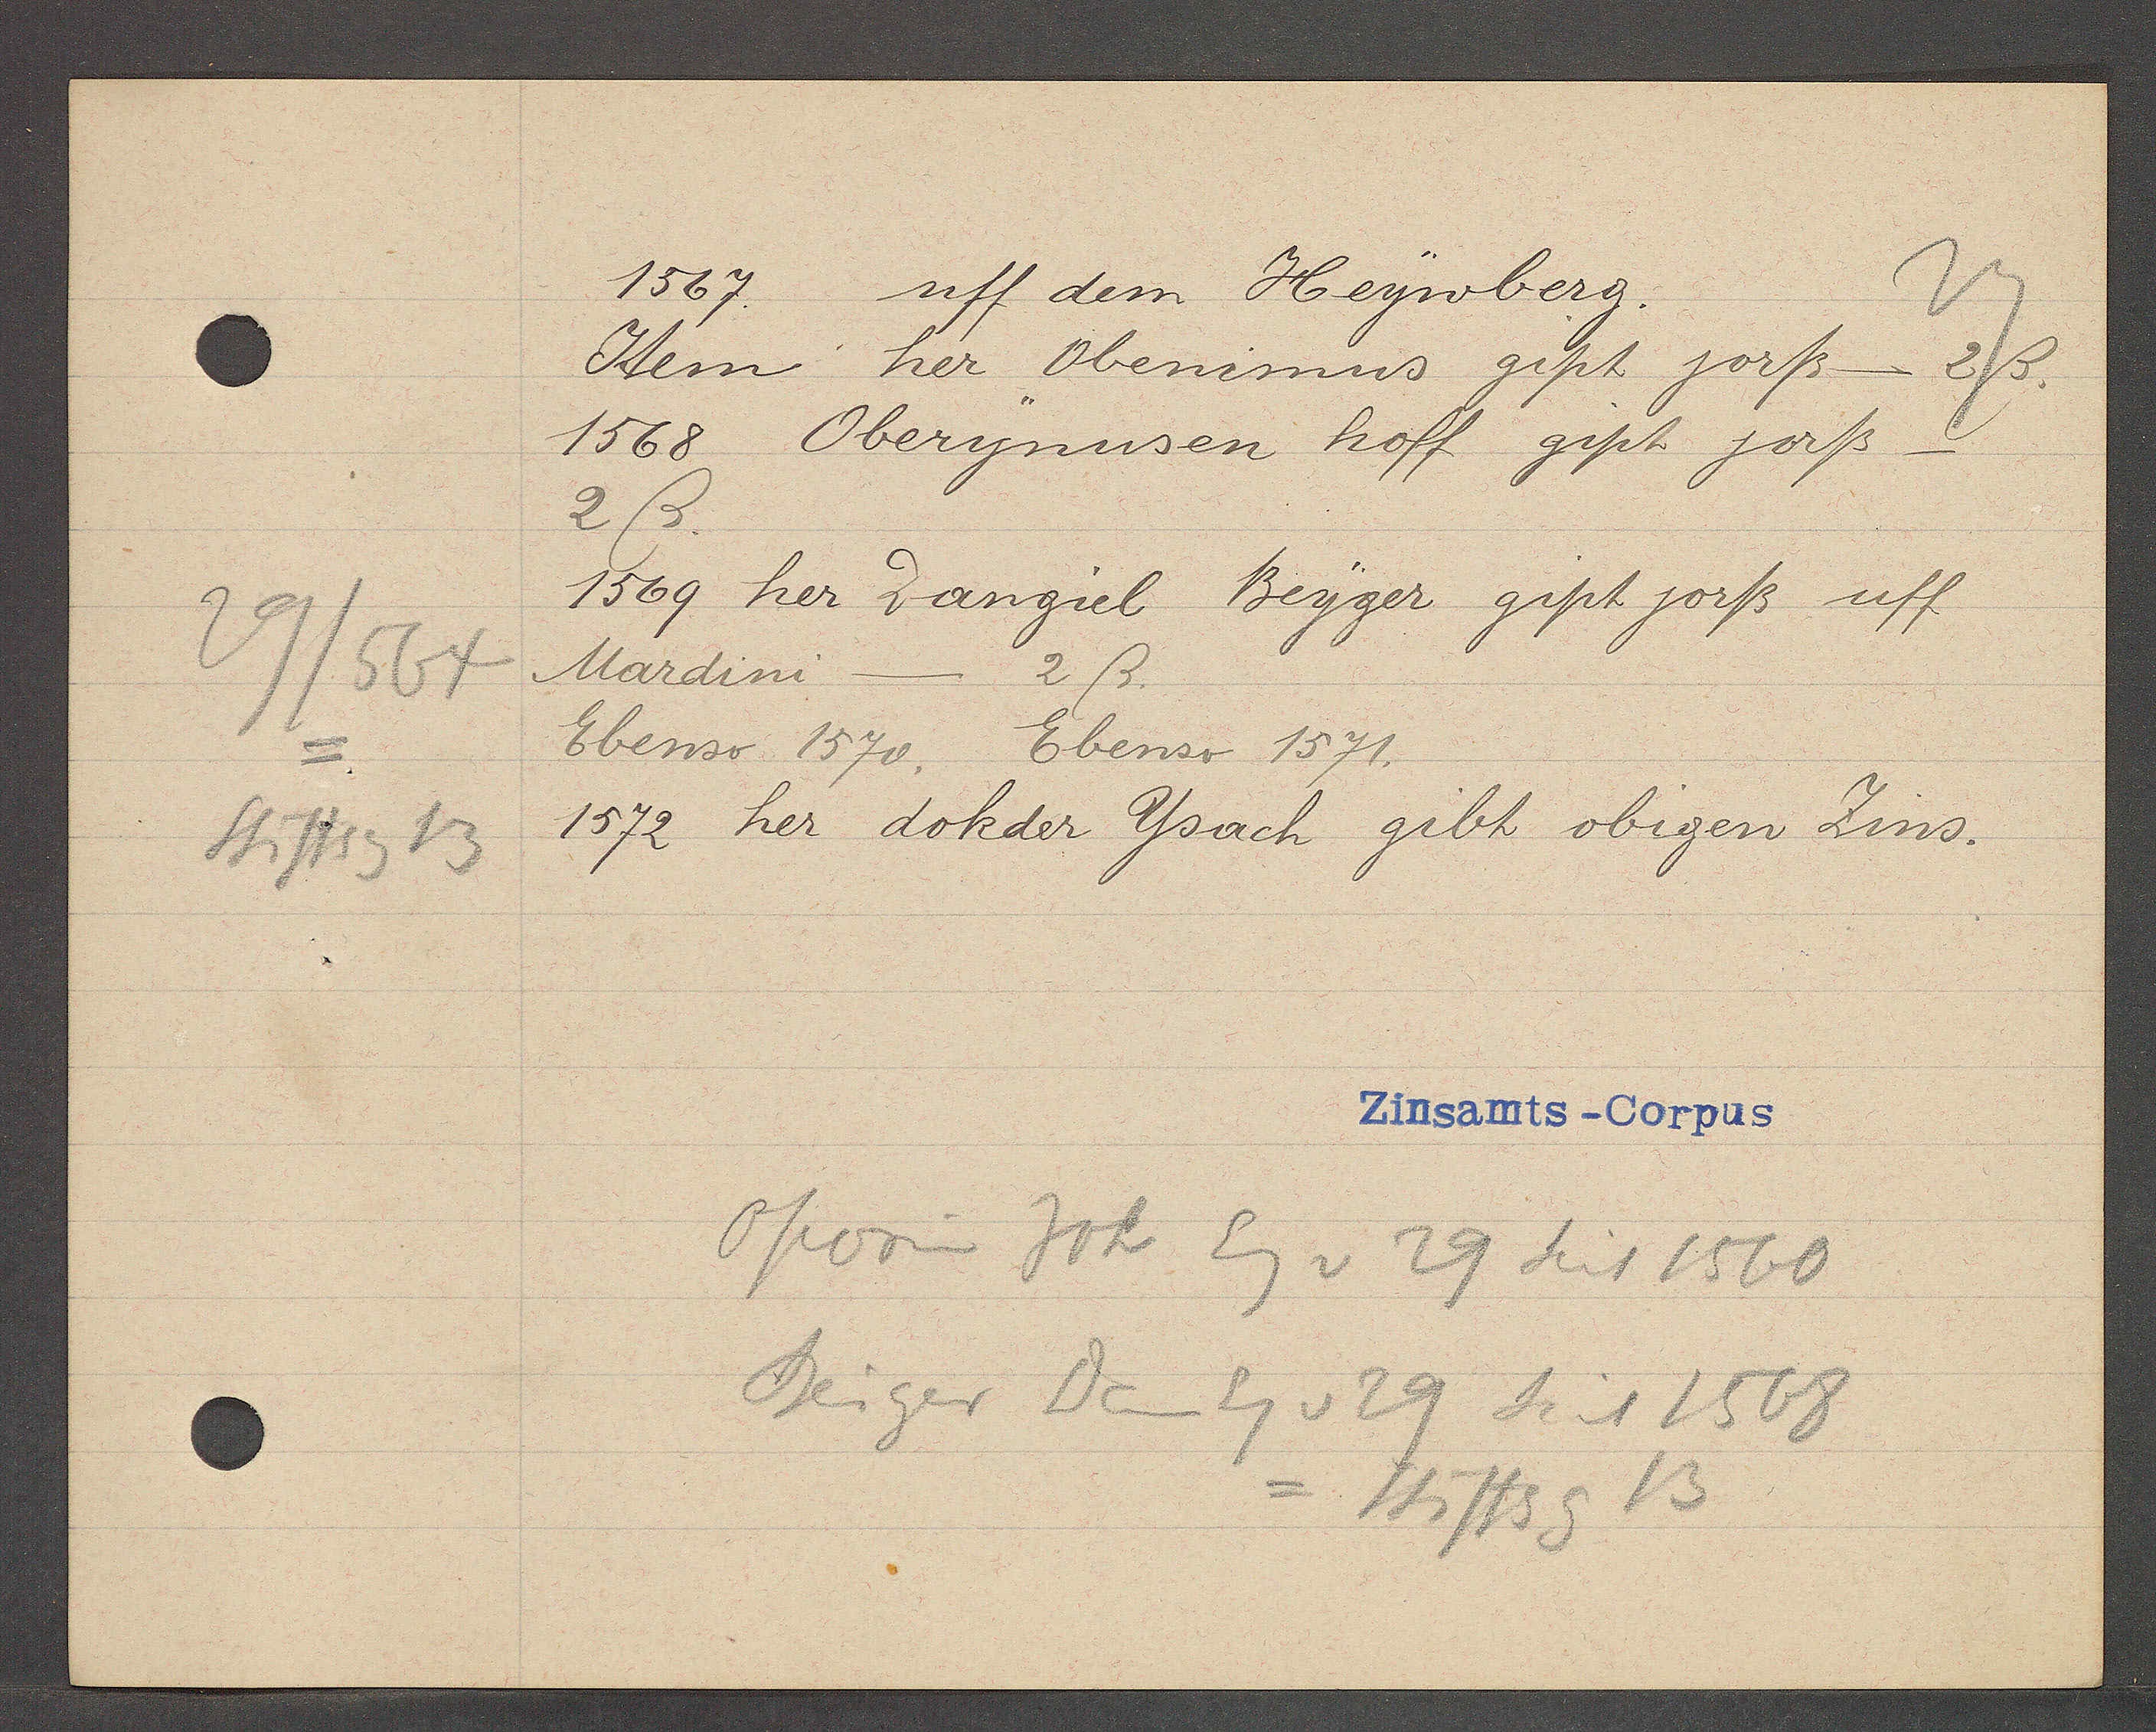
Transcript:
29/564
Stiftsg 13

1567.
uff dem Heywberg.

Item her Obenimus gipt jorß- 2ß.
1568 Oberynusen hoff gipt jorß
2ß.
1569 her Dangiel Beyger gipt jorß uff
2 ß.
Mardini
Ebenso 1570. Ebenso 1571.
1572 her dokder Ysach gibt obigen Zins.

Zinsamts-Corpus

Oporinus Joh Eg v 29 seit 1560
Beiger Dan Eg v 29 seit 1568
= Stiftsg 13